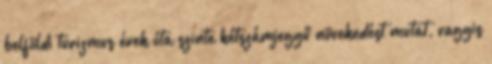
belföldi turizmus évek óta szinte kétszámjegyű növekedést mutat, vagyis